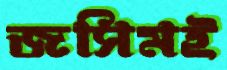
জসিমই